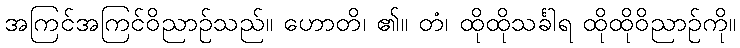
အကြင်အကြင်ဝိညာဉ်သည်။ ဟောတိ၊ ၏။ တံ၊ ထိုထိုသင်္ခါရ ထိုထိုဝိညာဉ်ကို။